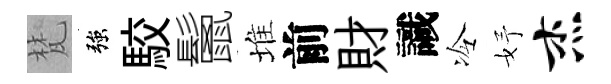
梵強駮鬛堆前財識冷妤杰